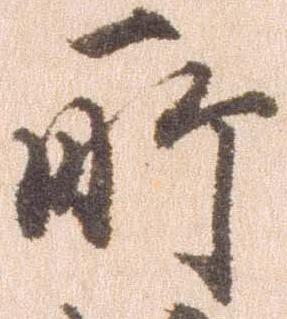
所